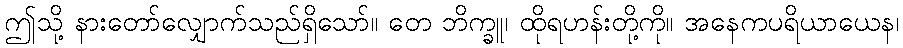
ဤသို့ နားတော်လျှောက်သည်ရှိသော်။ တေ ဘိက္ခူ၊ ထိုရဟန်းတို့ကို။ အနေကပရိယာယေန၊